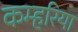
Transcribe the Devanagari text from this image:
कम्हरिया